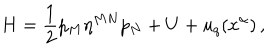
H = \frac { 1 } { 2 } p _ { M } \eta ^ { M N } p _ { N } + U + u _ { q } ( x ^ { \alpha } ) \, ,